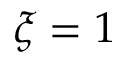
\xi = 1